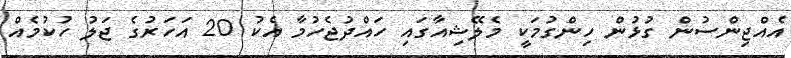
އެއްޖިންސުން ގުޅުން ހިންގުމަކީ މެލޭޝިއާގައި ހައްދުޖެހުމާ އެކު 20 އަހަރުގެ ޖަލު ހުކުމެއް